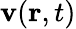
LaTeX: \mathbf{v}(\mathbf{r},t)